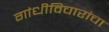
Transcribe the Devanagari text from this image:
गांधीविचारांचा